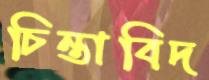
চিন্তাবিদ